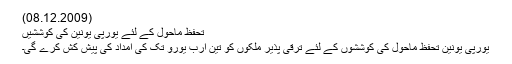
(08.12.2009)
تحفظ ماحول کے لئے یورپی یونین کی کوششیں
یورپی یونین تحفظ ماحول کی کوششوں کے لئے ترقی پذیر ملکوں کو تین ارب یورو تک کی امداد کی پیش کش کرے گی۔